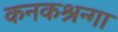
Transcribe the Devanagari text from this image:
कनकश्रन्गा